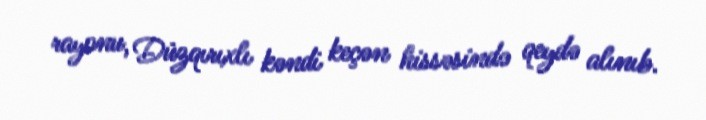
rayonu, Düzqırıxlı kəndi keçən hissəsində qeydə alınıb.